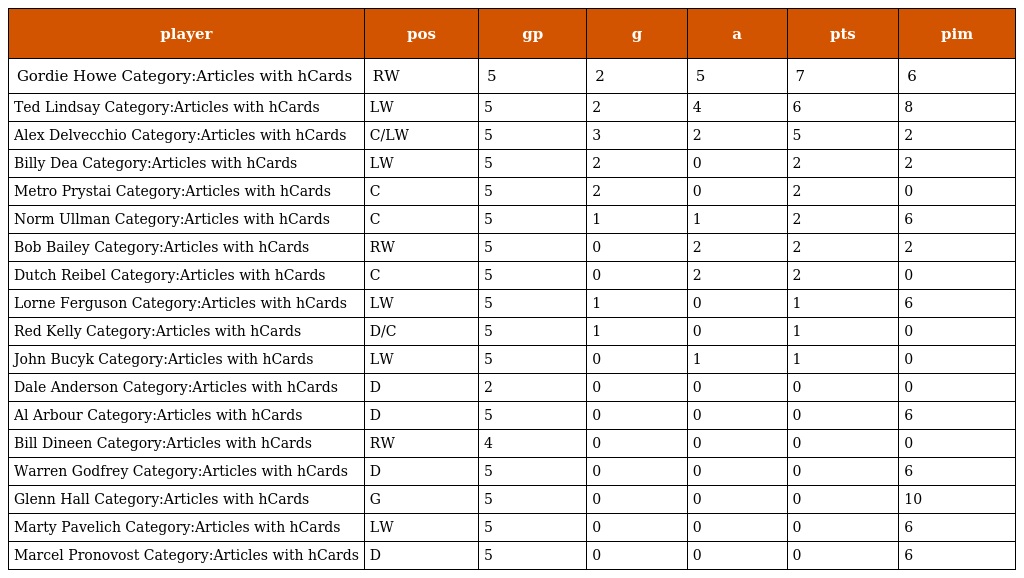
| player | pos | gp | g | a | pts | pim |
 | --- | --- | --- | --- | --- | --- | --- |
 | Gordie Howe Category:Articles with hCards | RW | 5 | 2 | 5 | 7 | 6 |
 | Ted Lindsay Category:Articles with hCards | LW | 5 | 2 | 4 | 6 | 8 |
 | Alex Delvecchio Category:Articles with hCards | C/LW | 5 | 3 | 2 | 5 | 2 |
 | Billy Dea Category:Articles with hCards | LW | 5 | 2 | 0 | 2 | 2 |
 | Metro Prystai Category:Articles with hCards | C | 5 | 2 | 0 | 2 | 0 |
 | Norm Ullman Category:Articles with hCards | C | 5 | 1 | 1 | 2 | 6 |
 | Bob Bailey Category:Articles with hCards | RW | 5 | 0 | 2 | 2 | 2 |
 | Dutch Reibel Category:Articles with hCards | C | 5 | 0 | 2 | 2 | 0 |
 | Lorne Ferguson Category:Articles with hCards | LW | 5 | 1 | 0 | 1 | 6 |
 | Red Kelly Category:Articles with hCards | D/C | 5 | 1 | 0 | 1 | 0 |
 | John Bucyk Category:Articles with hCards | LW | 5 | 0 | 1 | 1 | 0 |
 | Dale Anderson Category:Articles with hCards | D | 2 | 0 | 0 | 0 | 0 |
 | Al Arbour Category:Articles with hCards | D | 5 | 0 | 0 | 0 | 6 |
 | Bill Dineen Category:Articles with hCards | RW | 4 | 0 | 0 | 0 | 0 |
 | Warren Godfrey Category:Articles with hCards | D | 5 | 0 | 0 | 0 | 6 |
 | Glenn Hall Category:Articles with hCards | G | 5 | 0 | 0 | 0 | 10 |
 | Marty Pavelich Category:Articles with hCards | LW | 5 | 0 | 0 | 0 | 6 |
 | Marcel Pronovost Category:Articles with hCards | D | 5 | 0 | 0 | 0 | 6 |